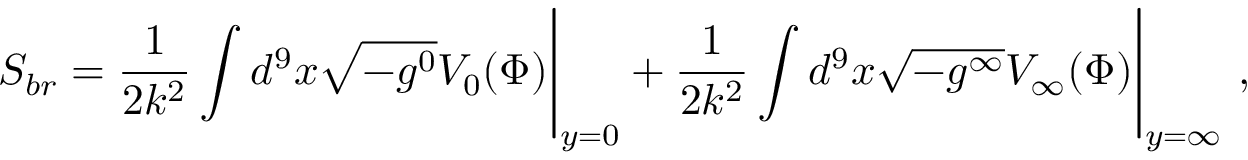
S _ { b r } = \frac { 1 } { 2 k ^ { 2 } } \int d ^ { 9 } x \sqrt { - g ^ { 0 } } V _ { 0 } ( \Phi ) \Bigg | _ { y = 0 } + \frac { 1 } { 2 k ^ { 2 } } \int d ^ { 9 } x \sqrt { - g ^ { \infty } } V _ { \infty } ( \Phi ) \Bigg | _ { y = \infty } \ ,